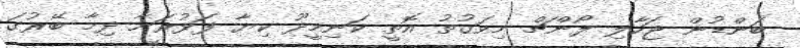
ބަންޑުން ޖަހާލި ލޯންޗް މިވަގުތު އޮތީ ކަނިމީދޫ ކިޔާ ފަޅުރަށާ ދިމާ ބޭރުގަ